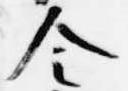
令